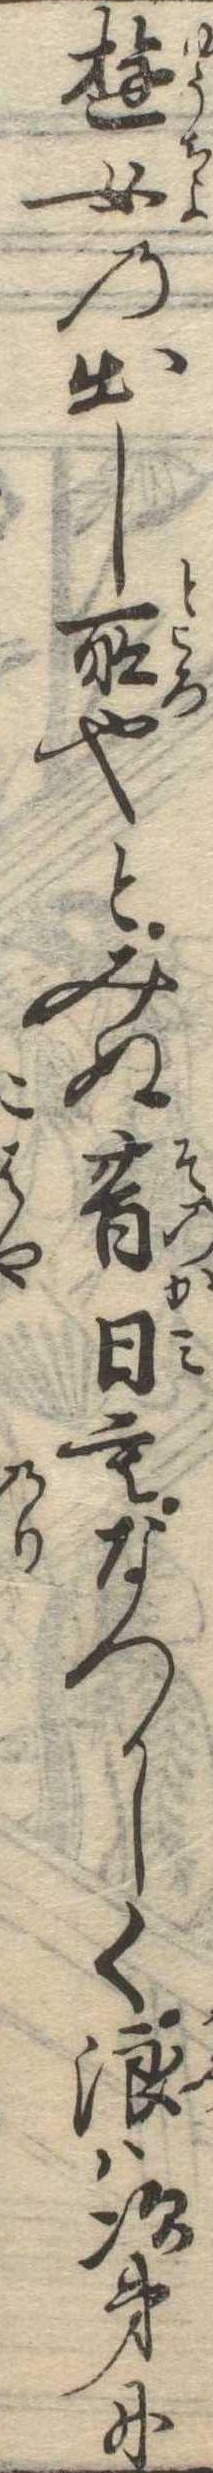
遊女の出し所也とみぬ昔日もなつかしく浪は次第に